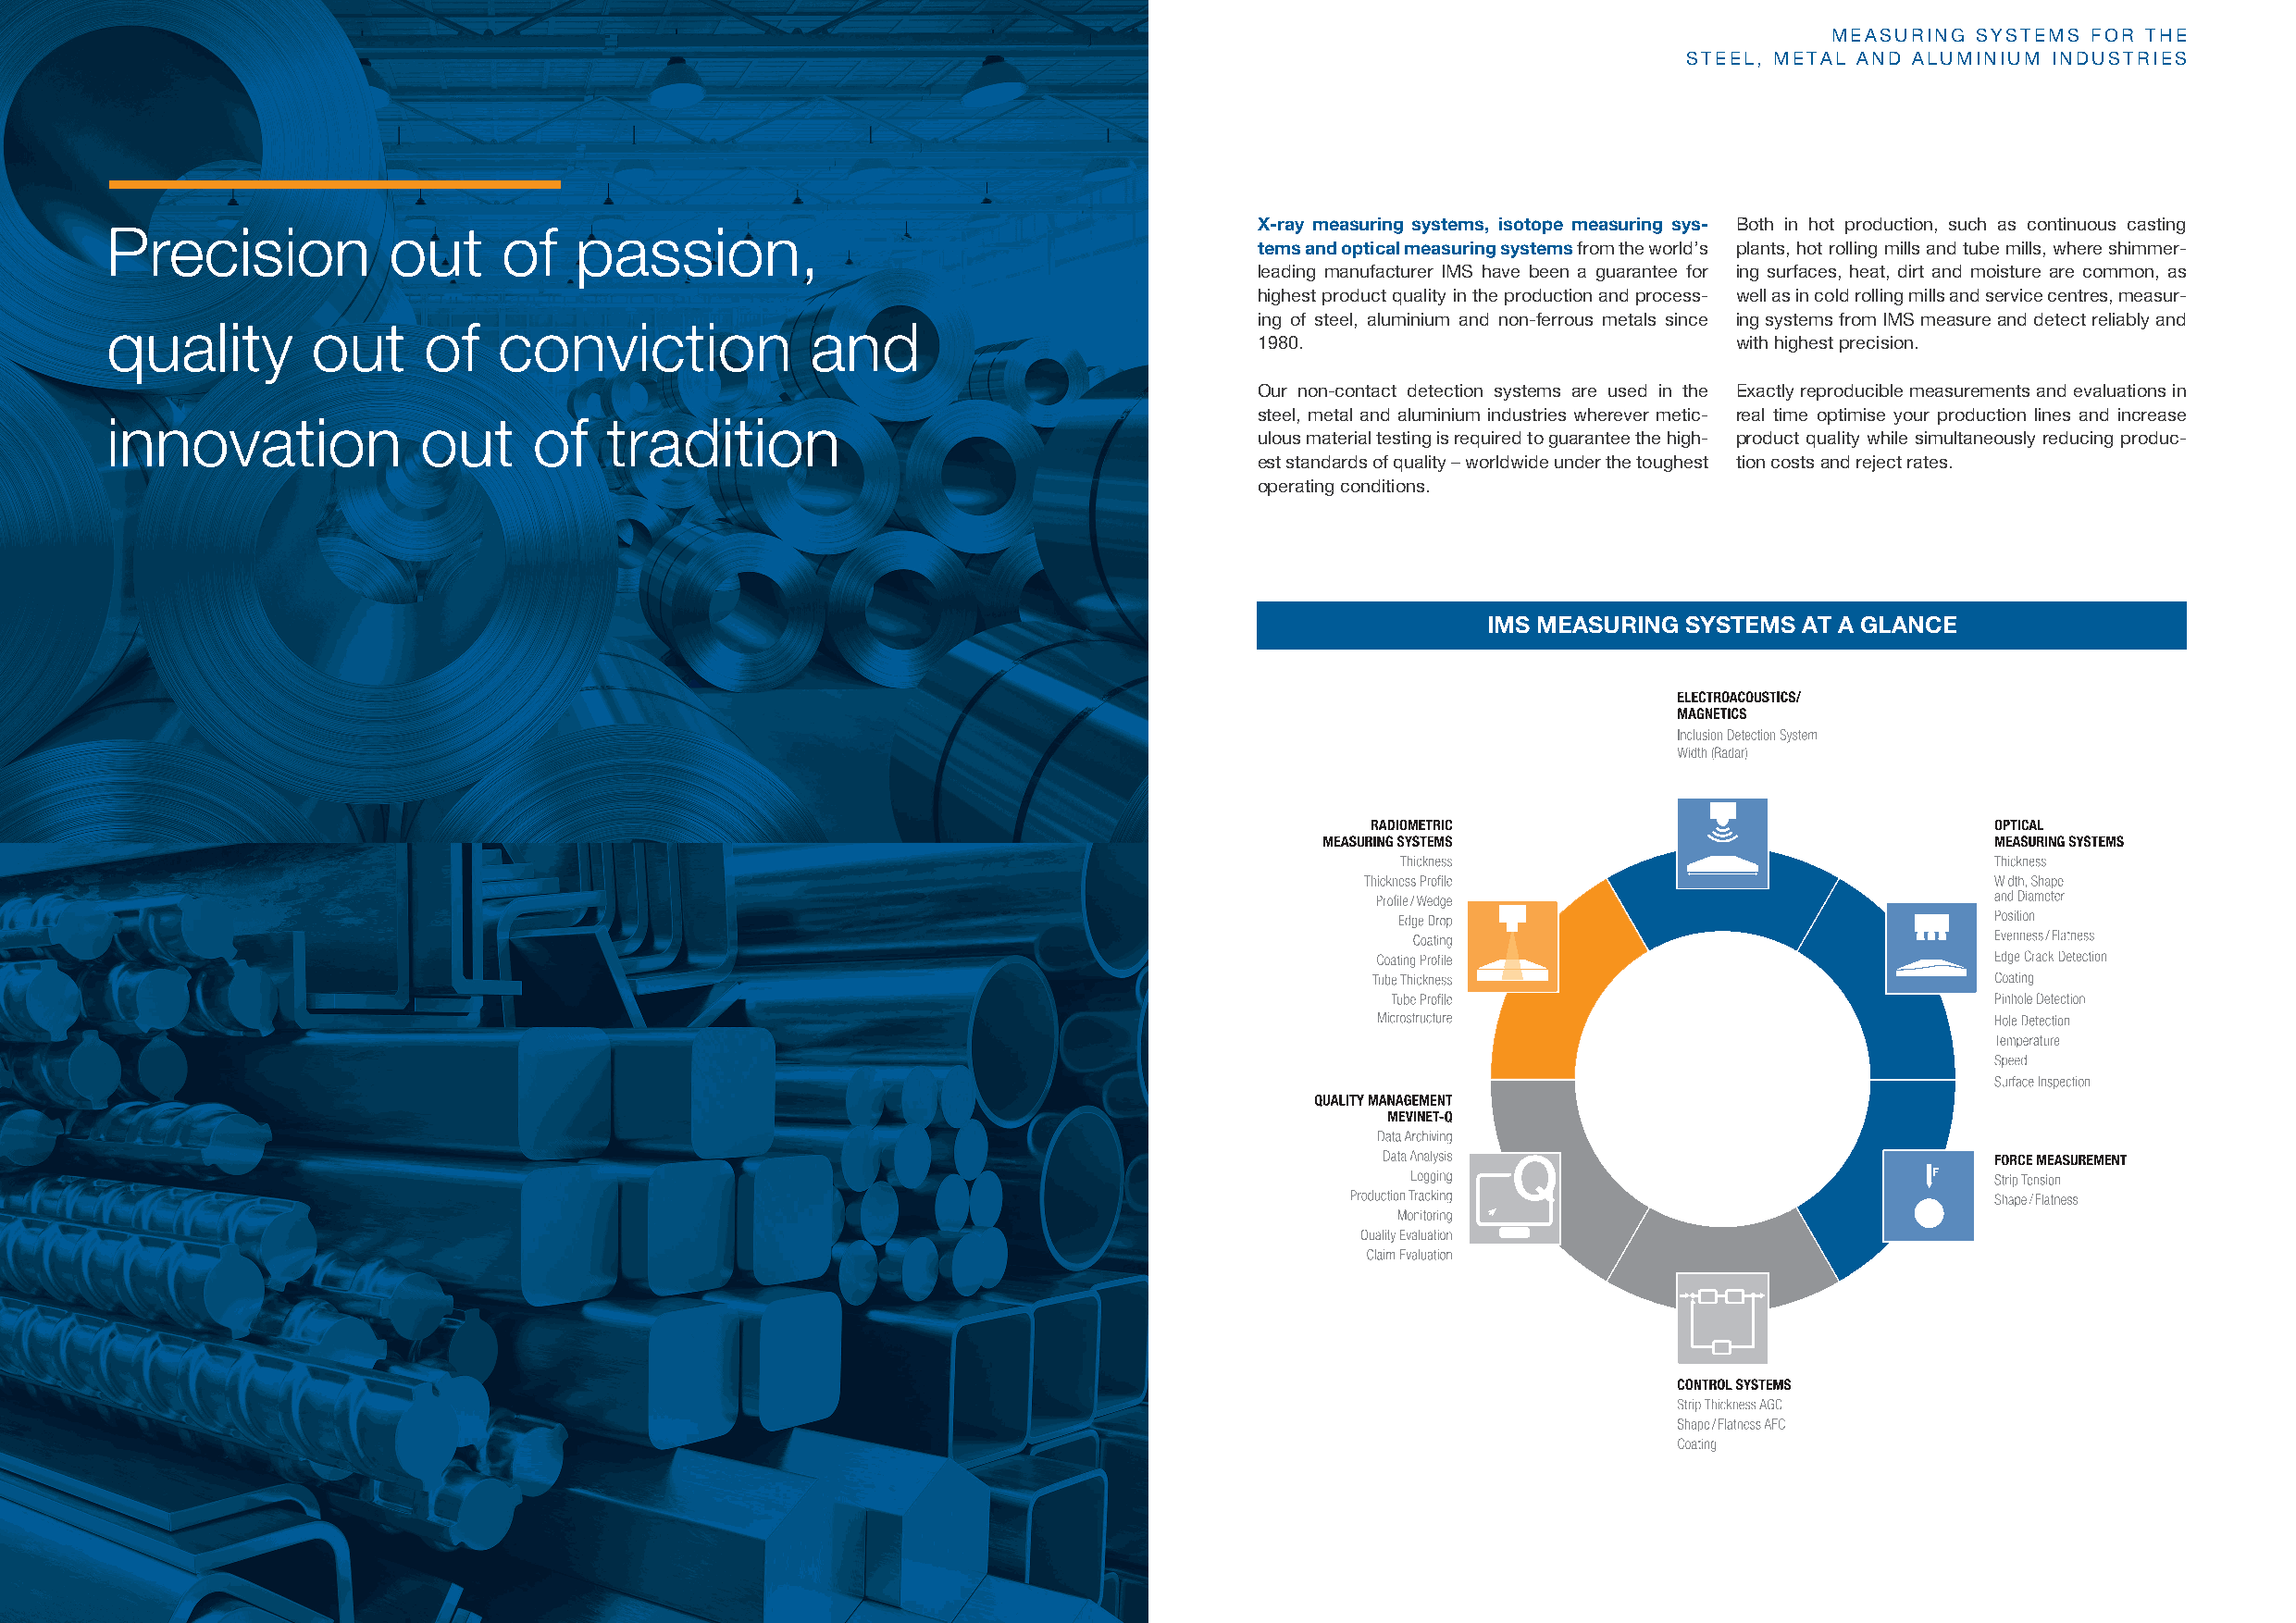
MEASURING SYSTEMS  FOR THE
 STEEL, METAL AND ALUMINIUM INDUSTRIES
 X-ray measuring systems, isotope measuring sys- Both in hot production, such as continuous casting
 Precision           out     of   passion,
 tems and optical measuring systems from the world’s plants, hot rolling mills and tube mills, where shimmer-
 leading manufacturer IMS have been a guarantee for ing surfaces, heat, dirt and moisture are common, as
 highest product quality in the production and process- well as in cold rolling mills and service centres, measur-
 ing of steel, aluminium and non-ferrous metals since ing systems from IMS measure and detect reliably and
 quality       out     of    conviction            and
 1980.                             with highest precision.
 Our non-contact detection systems are used in the Exactly reproducible measurements and evaluations in
 steel, metal and aluminium industries wherever metic- real time optimise your production lines and increase
 innovation            out     of   tradition
 ulous material testing is required to guarantee the high- product quality while simultaneously reducing produc-
 est standards of quality – worldwide under the toughest tion costs and reject rates.
 operating conditions.
 IMS MEASURING  SYSTEMS AT A GLANCE